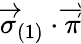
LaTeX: \overrightarrow{\sigma}_{\left(1\right)}\cdot\overrightarrow{\pi}